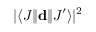
| \langle J | \! | \mathbf { d } | \! | J ^ { \prime } \rangle | ^ { 2 }